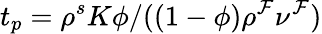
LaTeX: t_{p}=\rho^{s}K\phi/((1-\phi)\rho^{\mathcal{F}}\nu^{\mathcal{F}})